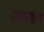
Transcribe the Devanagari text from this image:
टमायरा